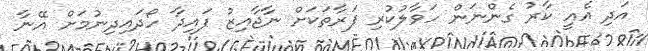
އަދި އެއީ ކާރު ގެންނަން ހަވާލުކުރި ފަރާތަކަށް ނާޖާއިޒު ފައިދާ ހޯދައިދިނުމަށް އޭނާ